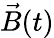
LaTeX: \vec{B}(t)